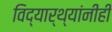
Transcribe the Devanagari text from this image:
विद्यार्थ्यांनीही